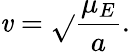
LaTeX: \mathit{v}=\sqrt{}{{\frac{{\mu_{E}}}{{a}}}}.